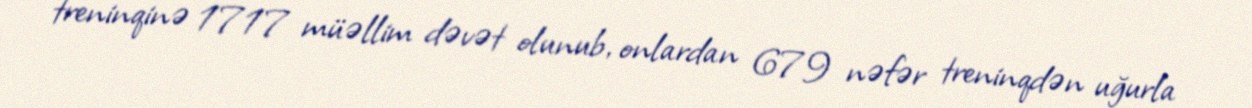
treninqinə 1717 müəllim dəvət olunub, onlardan 679 nəfər treninqdən uğurla